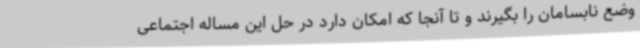
وضع نابسامان را بگیرند و تا آنجا که امکان دارد در حل این مساله اجتماعی